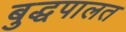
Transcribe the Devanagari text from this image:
बुद्धपालत